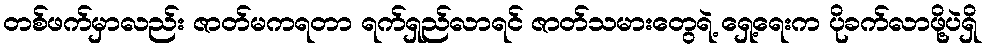
တစ်ဖက်မှာလည်း ဇာတ်မကရတာ ရက်ရှည်လာရင် ဇာတ်သမားတွေရဲ့ ရှေ့ရေးက ပိုခက်လာဖို့ပဲရှိ